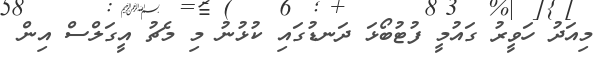
މިއަދު ހަވީރު ގައުމީ ފުޓުބޯޅަ ދަނޑުގައި ކުޅުނު މި މެޗު އީގަލްސް އިން